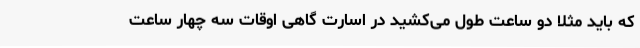
که باید مثلا دو ساعت طول می‌کشید در اسارت گاهی اوقات سه چهار ساعت